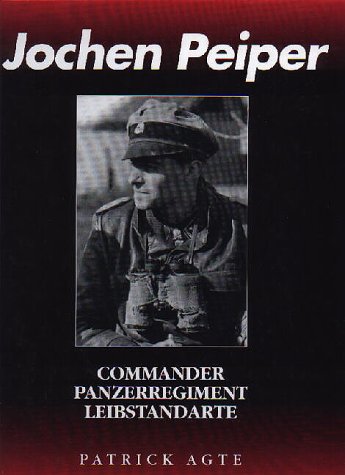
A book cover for Jochen Peiper: Commander, Panzerregiment Leibstandarte; Patrick Agte; Biographies & Memoirs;